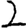
Digit: 2